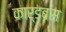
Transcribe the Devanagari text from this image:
कार्डबस